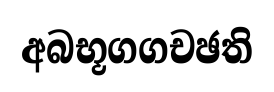
අබභූගගචඡති